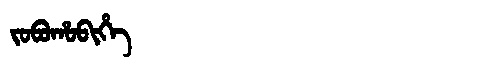
Manchu: ᠵᠣᠪᠣᡥᠣᠪᡳᡥᡝ
Romanization: JOBOHOBIHE